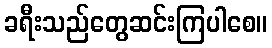
ခရီးသည်တွေဆင်းကြပါစေ။